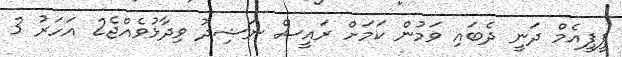
ޕީޕީއެމް ދަނީ ދެބައި ވަމުން ކަމަށް ރައީސް ނަޝިދު ވިދާޅުވެއްޖެ2 އަހަރު 3